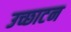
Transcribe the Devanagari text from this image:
उच्छाटन